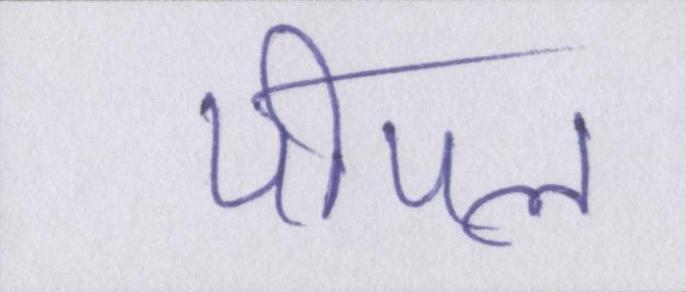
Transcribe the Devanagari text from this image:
पीपल